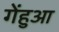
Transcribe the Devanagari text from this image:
गेंहुआ